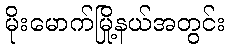
မိုးမောက်မြို့နယ်အတွင်း